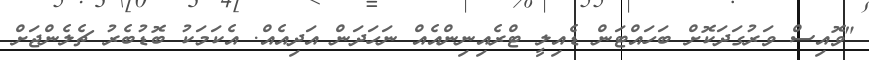
"ވޮއިސް ވަރުގަދަކޮށް ބަހައްޓަން ޑެއިލީ ޓްރެއިނިންއެއް ނަހަދަން އަދިއެއް. އެކަމަކު ބޮޑުބެރު ޗެލެންޖަށް